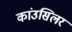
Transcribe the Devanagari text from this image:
कांउसिलर